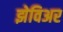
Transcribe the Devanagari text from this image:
झेविअर